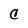
Character: C